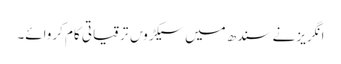
انگریز نے سندھ میں سیکڑو‍ں ترقیاتی کام کروائے۔